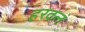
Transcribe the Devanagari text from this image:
हरवलं